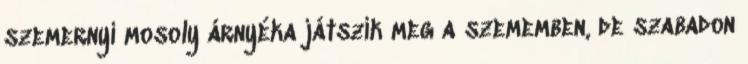
szemernyi mosoly árnyéka játszik meg a szememben, de szabadon